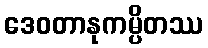
ဒေဝတာနုကမ္ပိတဿ